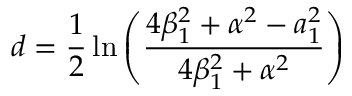
d = \frac { 1 } { 2 } \ln { \left( \frac { 4 \beta _ { 1 } ^ { 2 } + \alpha ^ { 2 } - a _ { 1 } ^ { 2 } } { 4 \beta _ { 1 } ^ { 2 } + \alpha ^ { 2 } } \right) }